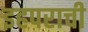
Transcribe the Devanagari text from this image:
इहपराची